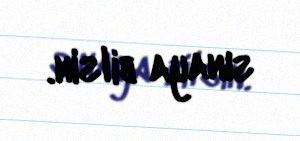
sınaya bilsin.